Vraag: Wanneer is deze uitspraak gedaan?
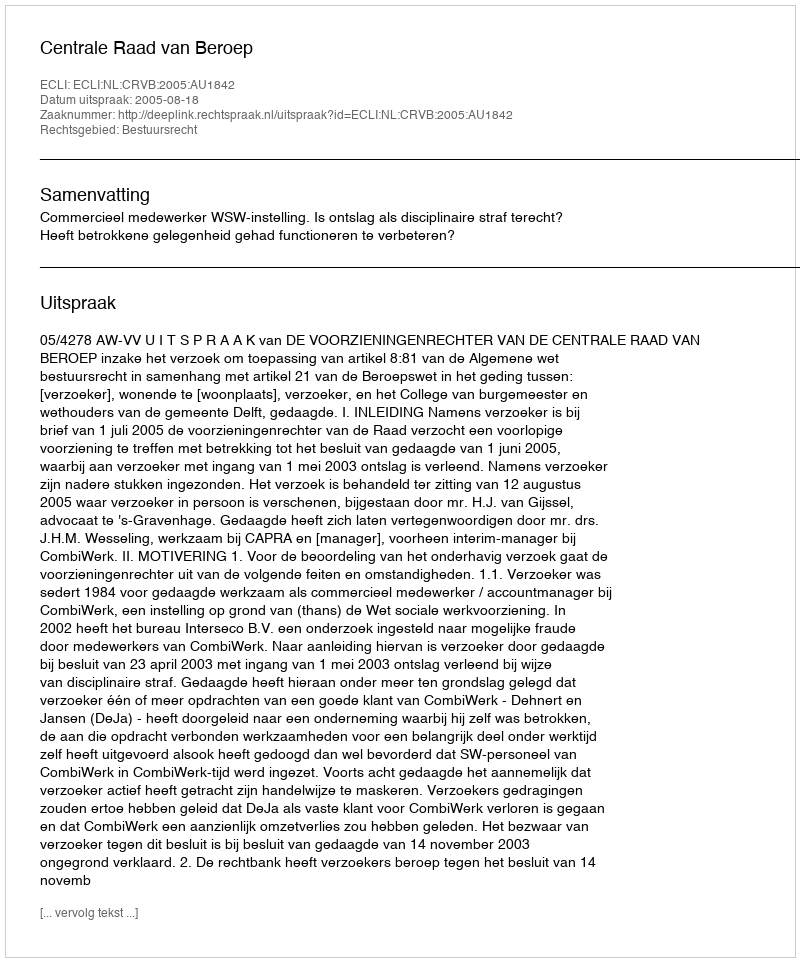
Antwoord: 2005-08-18